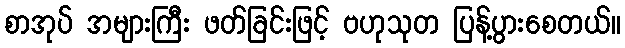
စာအုပ် အများကြီး ဖတ်ခြင်းဖြင့် ဗဟုသုတ ပြန့်ပွားစေတယ်။